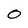
Character: 0